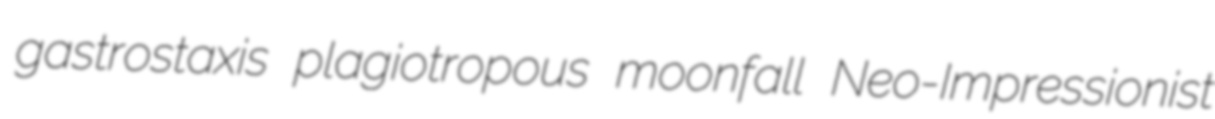
gastrostaxis plagiotropous moonfall Neo-Impressionist